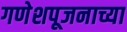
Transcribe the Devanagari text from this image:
गणेशपूजनाच्या